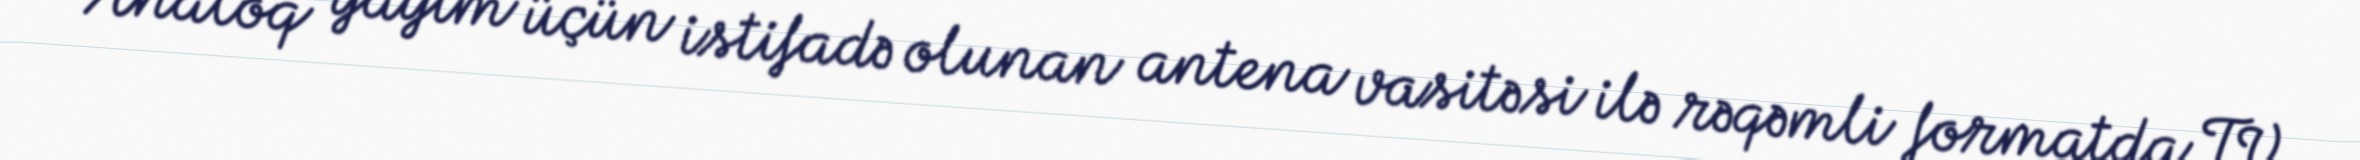
Analoq yayım üçün istifadə olunan antena vasitəsi ilə rəqəmli formatda TV